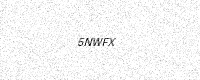
Text: 5NWFX